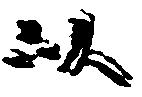
以